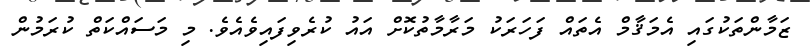
ޒަމާންތަކުގައި އެމަޤާމް އެތައް ފަހަރަކު މަރާމާތުކޮށް އައު ކުރެވިފައިވެއެވެ. މި މަސައްކަތް ކުރަމުން